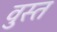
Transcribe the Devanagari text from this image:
वुस्त